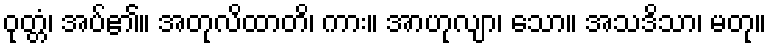
ဝုတ္တံ၊ အပ်၏။ အတုလိထာတိ၊ ကား။ အာဟုလျာ၊ သော။ အသဒိသာ၊ မတု။